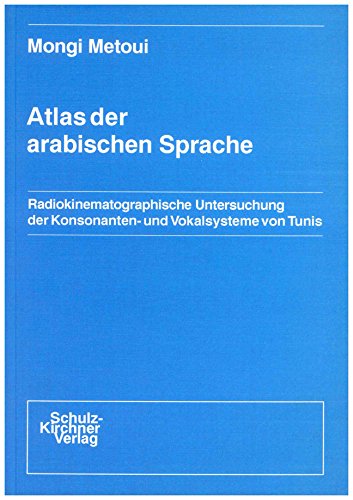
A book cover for Atlas der arabischen Sprache: Radiokinematographische Untersuchung der Kosonanten- und Vokalsysteme von Tunis (Wissenschaftliche Schriften im ... Verlag Dr. Schulz-Kirchner) (German Edition); Mongi Metoui; Travel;